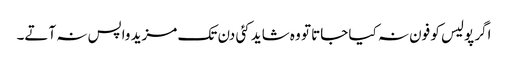
اگر پولیس کو فون نہ کیا جاتا تو وہ شاید کئی دن تک مزید واپس نہ آتے۔